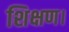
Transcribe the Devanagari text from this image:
शिक्षण।